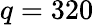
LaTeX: q=320